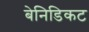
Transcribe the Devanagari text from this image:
बेनिडिकट